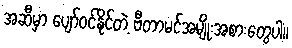
အဆီမှာ ပျော်ဝင်နိုင်တဲ့ ဗီတာမင်အမျိုးအစားတွေပါ။